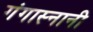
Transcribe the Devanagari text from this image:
गंगास्नानी